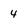
Character: 4